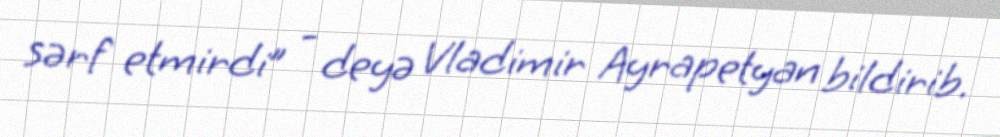
sərf etmirdi” - deyə Vladimir Ayrapetyan bildirib.